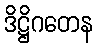
ဒိဋ္ဌိဂတေန